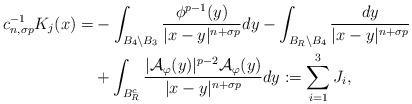
LaTeX: \begin{align*}c_{n,\sigma p}^{-1}K_{j}(x)=&-\int_{B_{4}\setminus B_{3}}\frac{\phi^{p-1}(y)}{|x-y|^{n+\sigma p}}dy-\int_{B_{R}\setminus B_{4}}\frac{dy}{|x-y|^{n+\sigma p}}\\&+\int_{B_{R}^{c}}\frac{|\mathcal{A}_{\varphi}(y)|^{p-2}\mathcal{A}_{\varphi}(y)}{|x-y|^{n+\sigma p}}dy:=\sum^{3}_{i=1}J_{i},\end{align*}